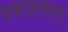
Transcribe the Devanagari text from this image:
प्रकाशमान्‌